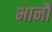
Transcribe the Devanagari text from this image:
भानौ